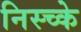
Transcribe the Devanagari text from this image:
निस्च्के